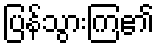
ပြန်သွားကြ၏